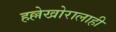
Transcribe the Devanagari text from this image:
हल्लेखोरालाही